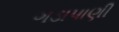
ગડાપાણી